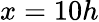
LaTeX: x=10h